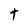
Character: t